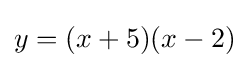
y=(x+5)(x-2)